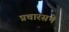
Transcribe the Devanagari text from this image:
प्रचारसभे